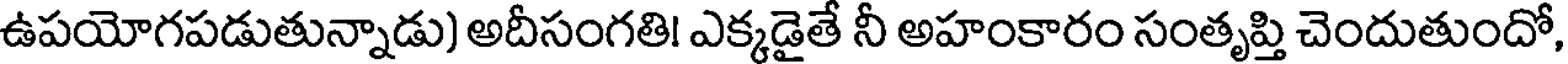
ఉపయోగపడుతున్నాడు) అదీసంగతి! ఎక్కడైతే నీ అహంకారం సంతృప్తి చెందుతుందో